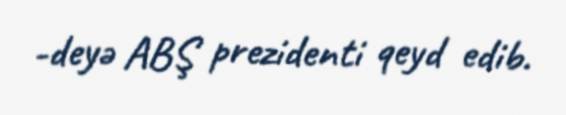
-deyə ABŞ prezidenti qeyd edib.